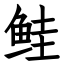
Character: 鲑